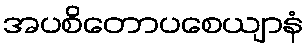
အပစိတောပစေယျာနံ